Lunatic asylums in Bengal annual reports 1899-1911 - 1899-1911
Year: 1899
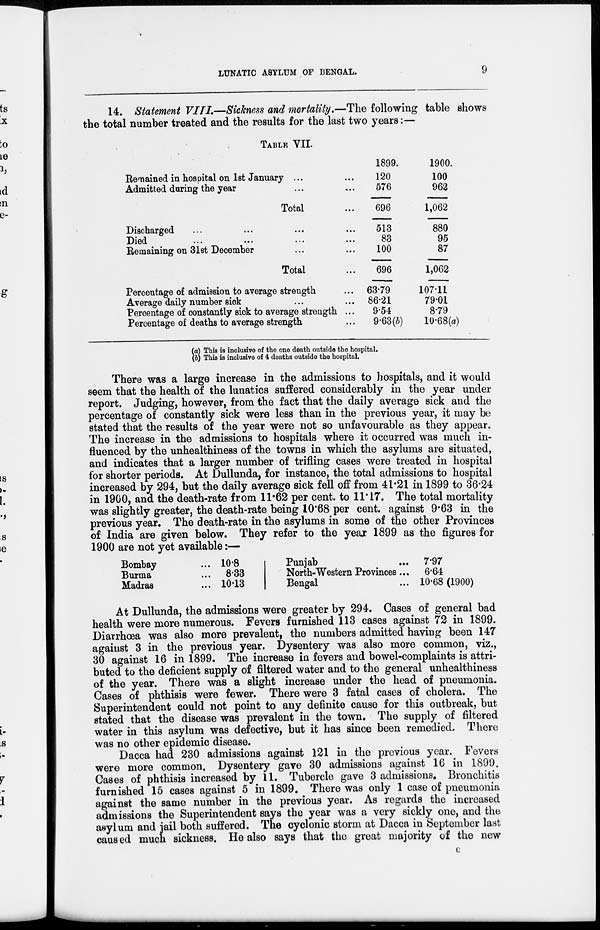
LUNATIC ASYLUM OF BENGAL.
9
14. Statement VIII—Sickness and mortality.—The following table shows
the total number treated and the results for the last two years:—
TABLE VII.
Remained in hospital on 1st January ... ...
Admitted during the year ... ... ...
Total ...
Discharged ... ... ... ...
Died ... ... ... ...
Remaining on 31st December ... ... ...
Total ...
Percentage of admission to average strength ...
Average daily number sick ... ... ...
Percentage of constantly sick to average strength ...
Percentage of deaths to average strength ...
1899.
120
576
696
513
83
100
696
63.79
86.21
9.54
9.63(b)
1900.
100
962
1,062
880
95
87
1,062
107.11
79.01
8.79
10.68(a)
(a) This is inclusive of the one death outside the hospital,
(b) This is inclusive of 4 deaths outside the hospital.
There was a large increase in the admissions to hospitals, and it would
seem that the health of the lunatics suffered considerably in the year under
report. Judging, however, from the fact that the daily average sick and the
percentage of constantly sick were less than in the previous year, it may be
stated that the results of the year were not so unfavourable as they appear.
The increase in the admissions to hospitals where it occurred was much in-
fluenced by the unhealthiness of the towns in which the asylums are situated,
and indicates that a larger number of trifling cases were treated in hospital
for shorter periods. At Dullunda, for instance, the total admissions to hospital
increased by 294, but the daily average sick fell off from 41.21 in 1899 to 36.24
in 1900, and the death-rate from 11.62 per cent. to 11.17. The total mortality
was slightly greater, the death-rate being 10.68 per cent. against 9.63 in the
previous year. The death-rate in the asylums in some of the other Provinces
of India are given below. They refer to the year 1899 as the figures for
1900 are not yet available:—
Bombay ...
Burma ...
Madras ...
10.8
8.33
10.13
Punjab ...
North-Western Provinces ...
Bengal ...
7.97
6.64
10.68 (1900)
At Dullunda, the admissions were greater by 294. Cases of general bad
health were more numerous. Fevers furnished 113 cases against 72 in 1899.
Diarrhœa was also more prevalent, the numbers admitted having been 147
against 3 in the previous year. Dysentery was also more common, viz.,
30 against 16 in 1899. The increase in fevers and bowel-complaints is attri-
buted to the deficient supply of filtered water and to the general unhealthiness
of the year. There was a slight increase under the head of pneumonia.
Cases of phthisis were fewer. There were 3 fatal cases of cholera. The
Superintendent could not point to any definite cause for this outbreak, but
stated that the disease was prevalent in the town. The supply of filtered
water in this asylum was defective, but it has since been remedied. There
was no other epidemic disease.
Dacca had 230 admissions against 121 in the previous year. Fevers
were more common. Dysentery gave 30 admissions against 16 in 1899.
Cases of phthisis increased by 11. Tubercle gave 3 admissions. Bronchitis
furnished 15 cases against 5 in 1899. There was only 1 case of pneumonia
against the same number in the previous year. As regards the increased
admissions the Superintendent says the year was a very sickly one, and the
asylum and jail both suffered. The cyclonic storm at Dacca in September last
caused much sickness. He also says that the great majority of the new
c